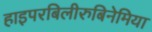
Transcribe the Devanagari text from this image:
हाइपरबिलीरुबिनेमिया